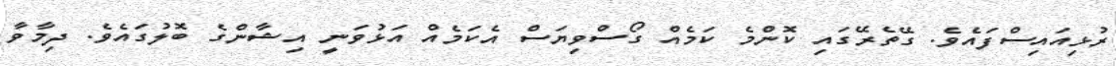
ރުޅިއައިސްފައެވެ. ގޭތެރޭގައި ކޮންމެ ކަމެއް ގޯސްވިޔަސް އެކަމެއް އަޅުވަނީ އިޝާންގެ ބޮލުގައެވެ. ދިމާވާ